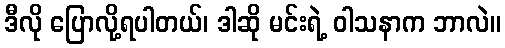
ဒီလို ပြောလို့ရပါတယ်၊ ဒါဆို မင်းရဲ့ ဝါသနာက ဘာလဲ။